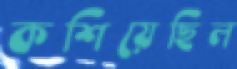
কশিয়েছিল